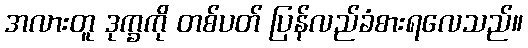
အလားတူ ဒုက္ခကို တစ်ပတ် ပြန်လည်ခံစားရလေသည်။